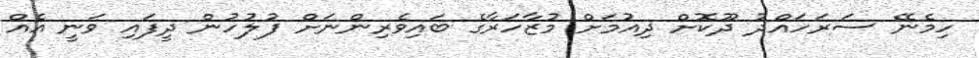
ހިމެނޭ ސަރަހައްދު ދޫކޮށް ދިއުމަށް މުޒާހަރާގެ ބައިވެރިންނަށް ފުލުހުން ދީފައި ވަނީ އެއް